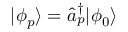
| \phi _ { p } \rangle = \hat { a } _ { p } ^ { \dagger } | \phi _ { 0 } \rangle